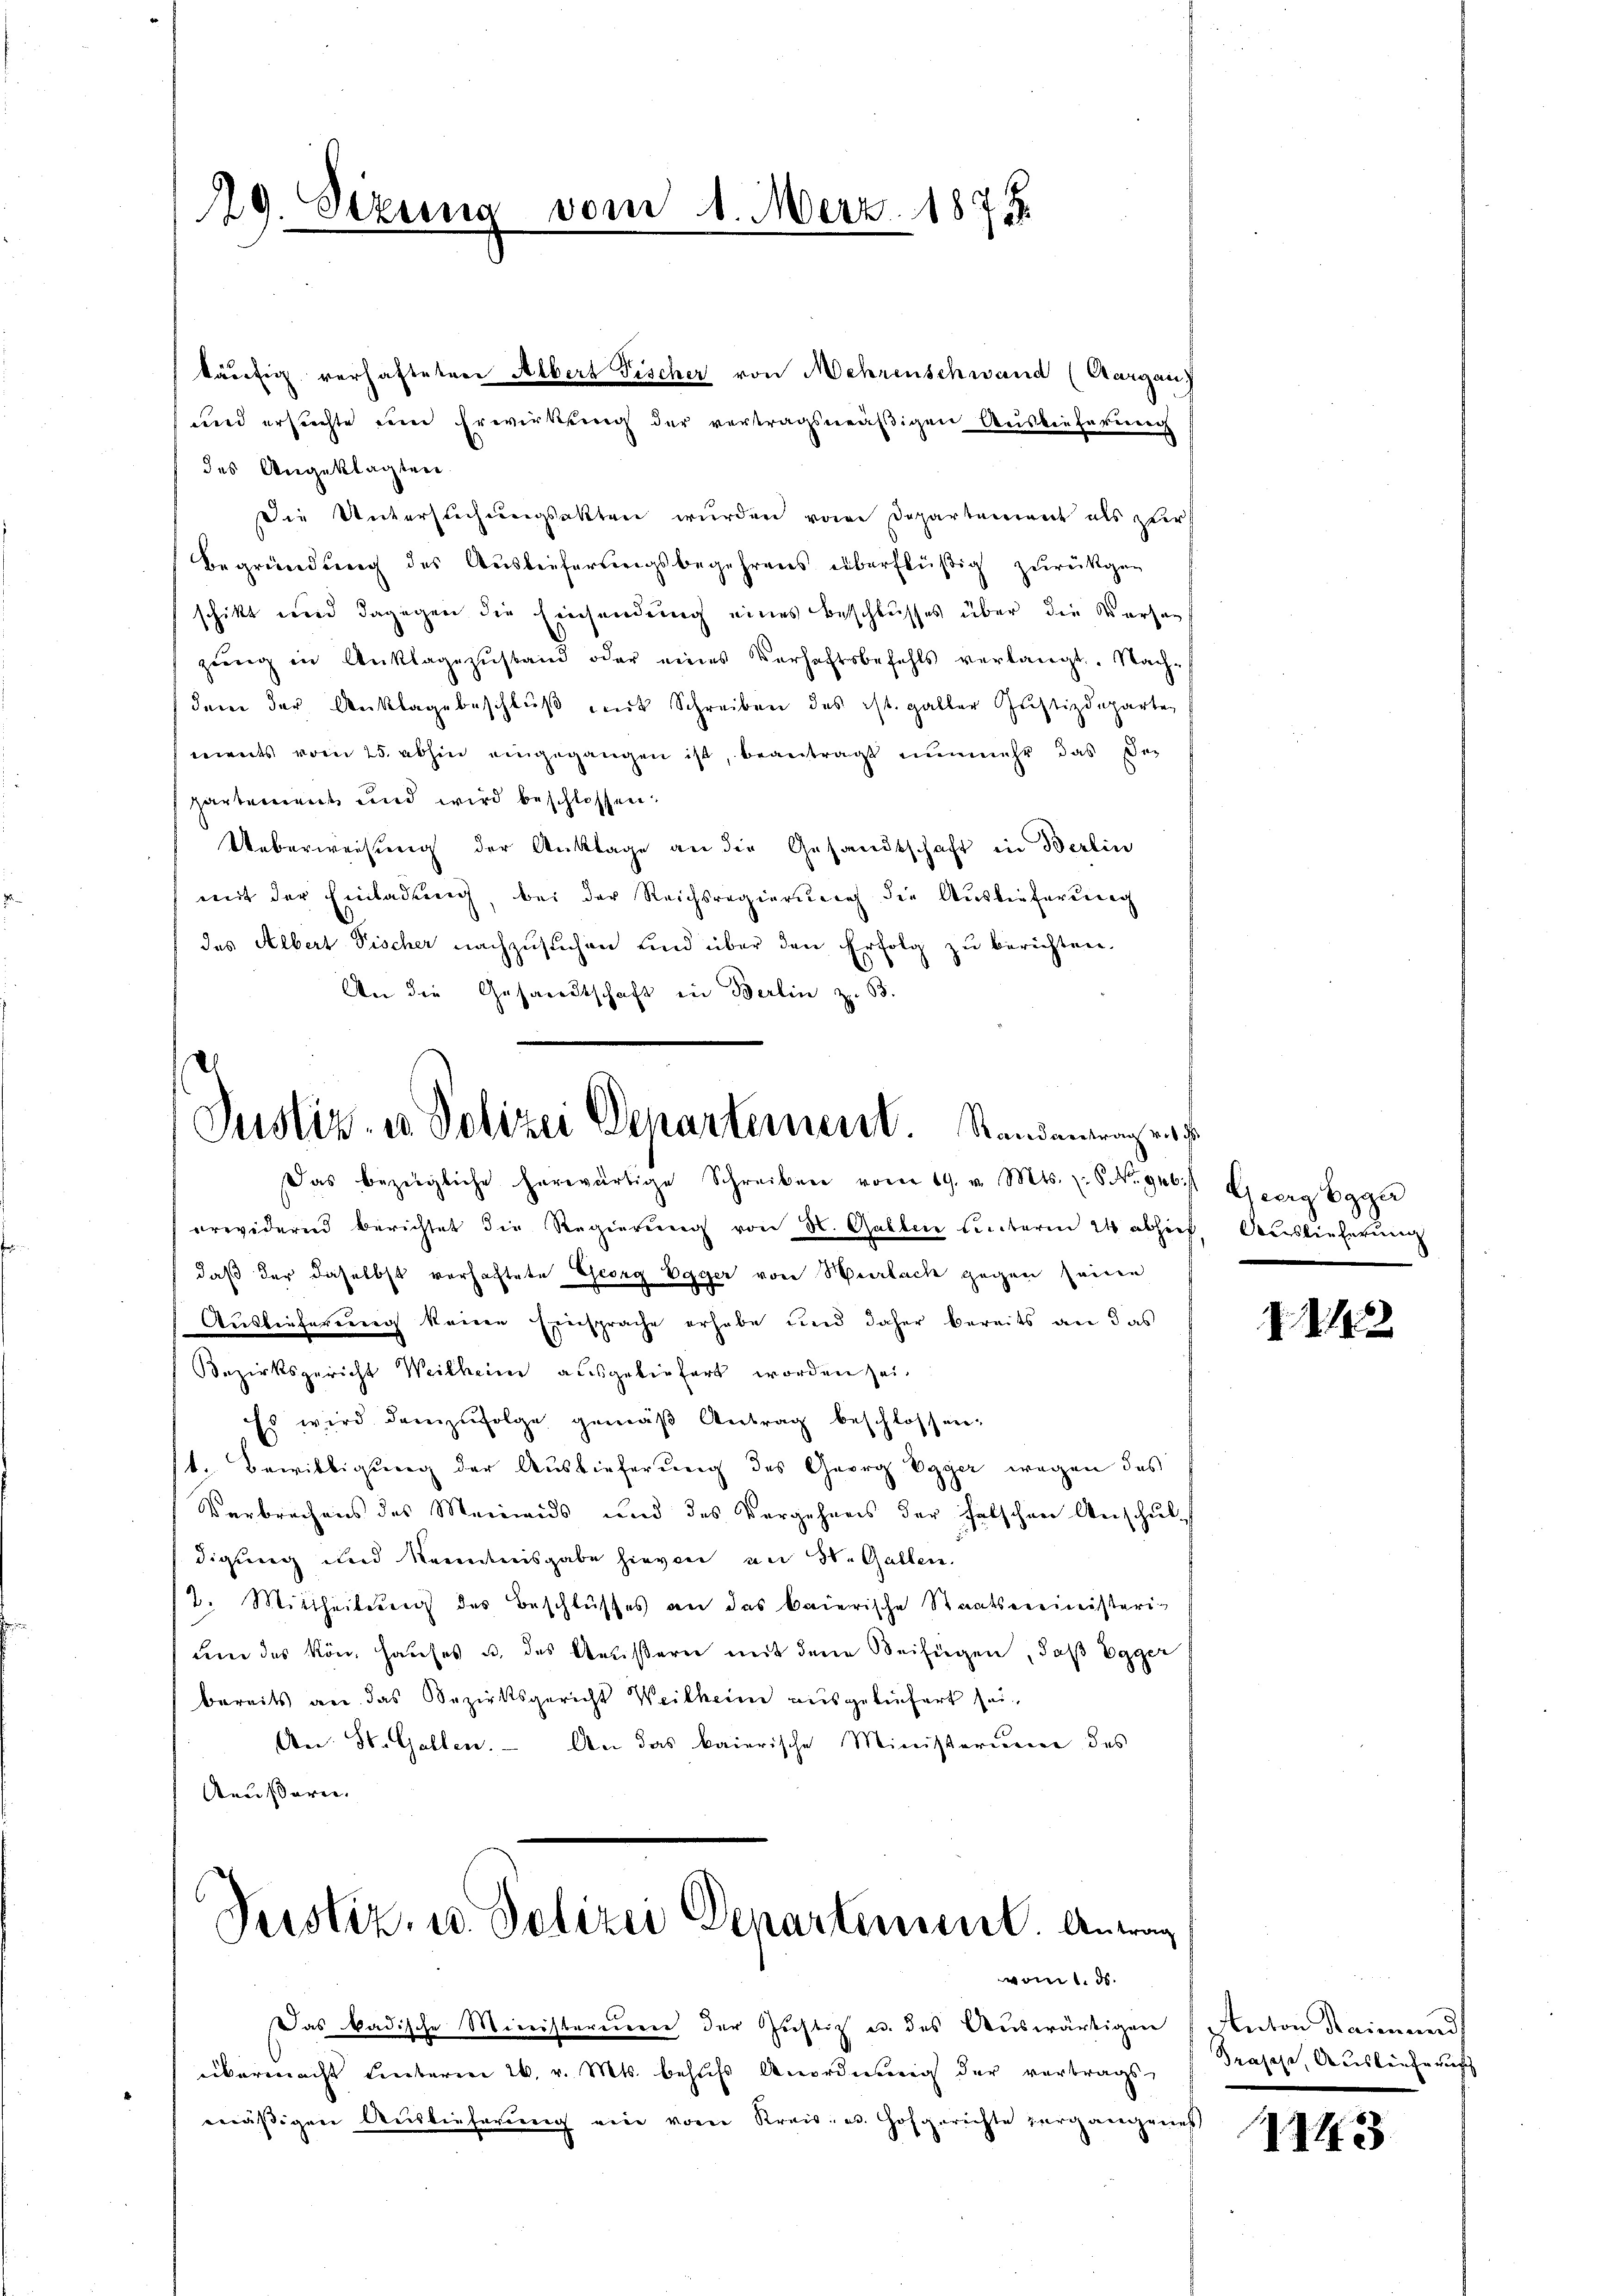
.
229. Sezung vom 1. März 187

käufig verhafteten Albert Fischer von Mehrenschwand (Aargau)
und ersuchte ein Erwirkung der vertragsmäßigen Auslieferung
des Angeklagten
Die Untersuchungsakten wurden von Departement als zuer
Begründung des Auslieferungsbegehrens überflüßig zurückgen
schikt und dagegen die Einsendung eines Beschlusses über die Versazung in Anklagezustand oder eines Verhaftsbefehls verlangt. Nach-
dem der Anklage beschlŭβ mit Schreiben des ist. galter Justizdeparten
ments vom 25. abhin eingegangen ist, beantragt nunmehr das Departement und wird beschlossen:
Ueberweisung der Anklage an die Gesandtschaft in Berlin
weit der Einladung, bei der Reichsregierung die Auslieferung
des Albert Fischer nachzusuchen und über den Erfolg zŭ berichten.
An die Gesandtschaft in Berlin z. 63.

Justiz- u Polizei Departement. Standentragen
Das bezügliche herwärtige Schreiben vom 19. v. Mts. z. S. Nr. gab ist Georg Egger

prwidernd berichtet die Regierŭng von H. Gallen unterm 24 abhier Auslieferung
daß der daselbst verhaftete Georg Egger von Verlach gegen seine
Auslieferung keine Einsprache erhabe und daher bereits an das
Bezirksgericht Weilheim ausgeliefert worden sei.
Es wird demzufolge gemäβ Antrag beschlossen:
t. Bewilligung der Auslieferung des Georg Egger wegen des
Verbrechens des Meinends und des Vergehens der falschen Anschuldigung und Kenntnisgabe hievon an St. Gallen.
2. Mittheilung des Beschlusses an das baierische Staatsreinisteri-
um das kön. Hauses u. das Aeußern mit dem Beifügen, daß Egger
bereits an das Bezirksgericht Weilheim ausgeliefert sei,
An St. Gallen. An das baierische Ministerieren des
Aeussern.

Peistiz- u. Polizei Departement. Antrag
vom 1. ds.

Das badische Mierisbareren der Ziehlich es des Auswärtigen
übermacht unterm 26. v. Mts. behufs Anordnung der vertrags,
mässigen Auslieferung eine vom Kreis: es Hofgerichte zergangenies

2115

Anton Raimund
Grasche, Ausleuterusch

1243